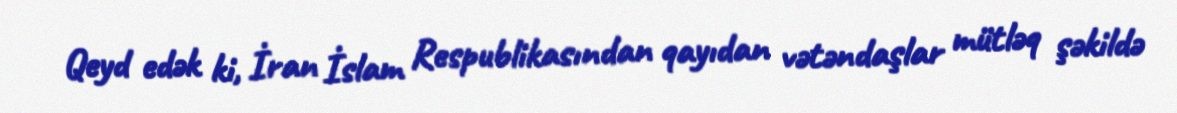
Qeyd edək ki, İran İslam Respublikasından qayıdan vətəndaşlar mütləq şəkildə